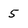
Character: 5